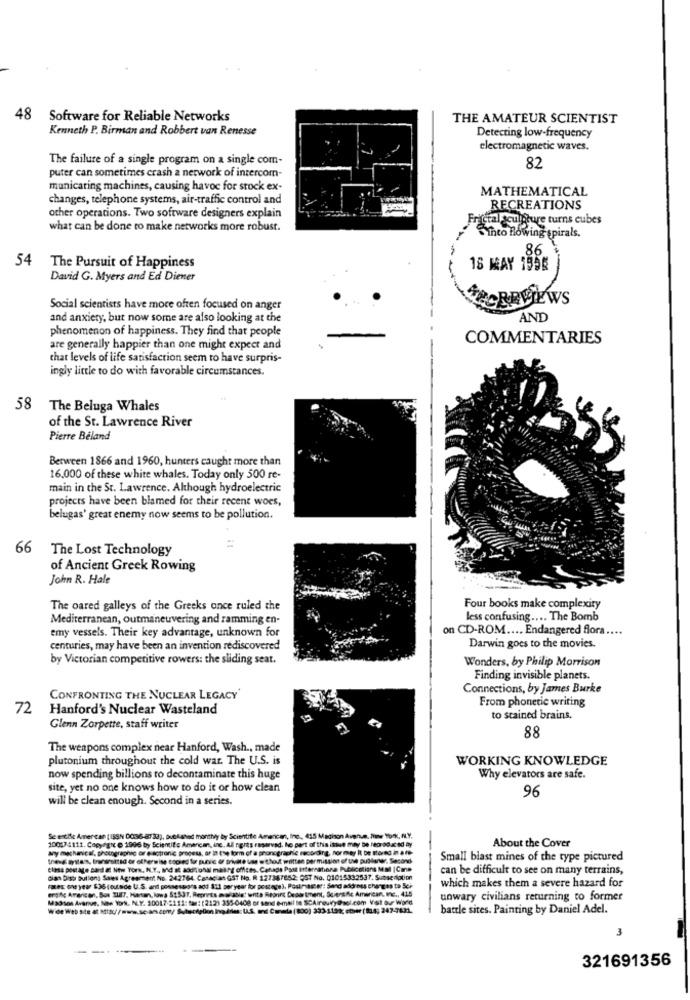
48
Software for Reliable Networks
THE AMATEUR SCIENTIST
Kenneth P. Birman and Robbert van Renesse
Detecting low-frequency
electromagnetic waves.
The failure of a single program on a single com-
82
puter can sometimes crash a network of intercom-
municating machines, causing havoc for stock ex-
MATHEMATICAL
changes, telephone systems, air-traffic control and
RECREATIONS
other operations. Two software designers explain
Fractal Sculpture turns cubes
what can be done to make networks more robust.
Sinto flowing spirals.
-
86
54
The Pursuit of Happiness
16 MAY 1958
David G. Myers and Ed Diener
Social scientists have more often focused on anger
and anxiety, but now some are also looking at the
AND
phenomenon of happiness. They find that people
COMMENTARIES
are generally happier than one might expect and
that levels of life satisfaction seem to have surpris-
ingly little to do with favorable circumstances.
58
The Beluga Whales
of the St. Lawrence River
Pierre Beland
Between 1866 and 1960, hunters caught more than
16.000 of these white whales. Today only 500 re-
main in the St. Lawrence. Although hydroelectric
projects have been blamed for their recent woes,
belugas' great enemy now seems to be pollution.
66
The Lost Technology
of Ancient Greek Rowing
John R. Hale
The oared galleys of the Greeks once ruled the
Four books make complexity
Mediterranean, outmaneuvering and ramming en-
less confusing .... The Bomb
emy vessels. Their key advantage, unknown for
on CD-ROM .... Endangered flora ....
centuries, may have been an invention rediscovered
Darwin goes to the movies.
by Victorian competitive rowers: the sliding seat.
Wonders, by Philip Morrison
Finding invisible planets.
Connections, by James Burke
CONFRONTING THE NUCLEAR LEGACY
From phonetic writing
72
Hanford's Nuclear Wasteland
to stained brains,
Glenn Zorpette, staff writer
88
The weapons complex near Hanford, Wash ., made
plutonium throughout the cold war. The U.S. is
WORKING KNOWLEDGE
now spending billions to decontaminate this huge
Why elevators are safe.
site, yet no one knows how to do it or how clean
96
will be clean enough. Second in a series.
Se entile Amer can (ISSN DO36-8733), butAshed monthvy by Scientifie Amencan, Inc ., 415 Madison Aiprus, une 10%, N.Y.
100074111. Copyagit @ 1996 by Scientific American, inc. All ngits reservad. ho part of this isit may De fear90.x sd by
About the Cover
My mechanical, photographic or e sotronic process, ar la E'ye form of a phonegraphie recording, nor may It be stored in a te-
Small blast mines of the type pictured
elma postage Band # New York, N.Y ., ad al aoduhal matryg offices. Cahaga Past Internationa Publications MM |Cme
offices. Canada Past Internationa Publications MM |Cane
can be difficult to see on many terrains,
dian Distr Bullong Saws Agresmment No. 242764. Canadian GST No. R 127387852; OST No. 01015332537. Subscription
which makes them a severe hazard for
erife American, Sos 3UIT, Honan, lowa 51537. Reprints avai able' turita Reprint Dead tment, Scientific American, Inc ., 415
alex one year $36 (outside U.S. ant possesso's add 311, per year for postege). Pouringser: Sand address changes to Sch
Madsms Avenue, Nite York. NL.Y. 20017 5111: fax: (212) 335-0408 or send e-mail le SCAireukry@hsol.com Visit our World
unwary civilians returning to former
battle sites. Painting by Daniel Adel.
3
321691356